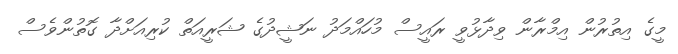
މީގެ އިތުރުން އިމްރާން ވިދާޅުވީ ރައީސް މުހައްމަދު ނަޝީދުގެ ޝަރީއަތް ކުރިއަށްދާ ގޮތުންވެސް